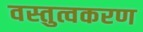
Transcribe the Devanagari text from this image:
वस्तुत्वकरण